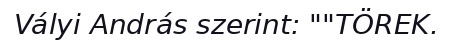
Vályi András szerint: ""TÖREK.